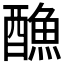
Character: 𨢭